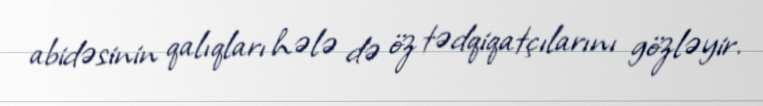
abidəsinin qalıqları hələ də öz tədqiqatçılarını gözləyir.